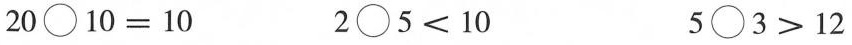
$$2 0 \bigcirc 1 0 = 1 0$$ $$2 \bigcirc 5 < 1 0$$ $$5 \bigcirc 3 > 1 2$$